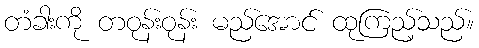
တံခါးကို တဝုန်းဝုန်း မည်အောင် ထုကြည့်သည်။